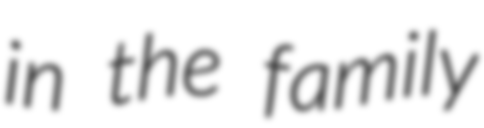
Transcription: in the family